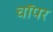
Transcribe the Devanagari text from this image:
चॉपर